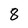
Character: 8